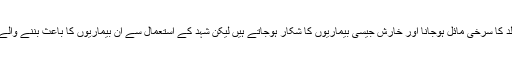
ایگزیما اور خارش کا علاج: اکثر لوگ ایکزیما، جلد کا سرخی مائل ہوجانا اور خارش جیسی بیماریوں کا شکار ہوجاتے ہیں لیکن شہد کے استعمال سے ان بیماریوں کا باعث بننے والے بیکٹریا ’’اسٹیفی لائیکوکس‘‘ کا خاتمہ ہوجاتا ہے۔